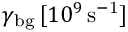
\gamma _ { \mathrm { b g } } \, [ 1 0 ^ { 9 } \, \mathrm { s ^ { - 1 } } ]